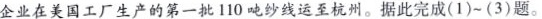
企业在美国工厂生产的第一批 110 吨纱线运至杭州。据此完成(1)~(3)题。